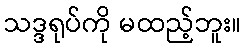
သဒ္ဒရုပ်ကို မထည့်ဘူး။